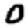
Digit: 0